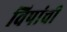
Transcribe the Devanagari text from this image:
विपांची